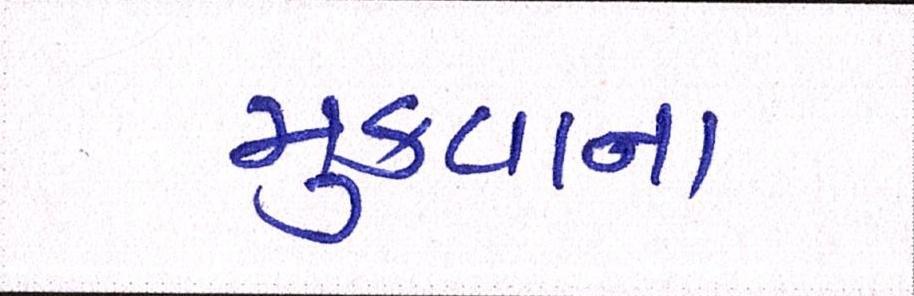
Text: મુકવાના